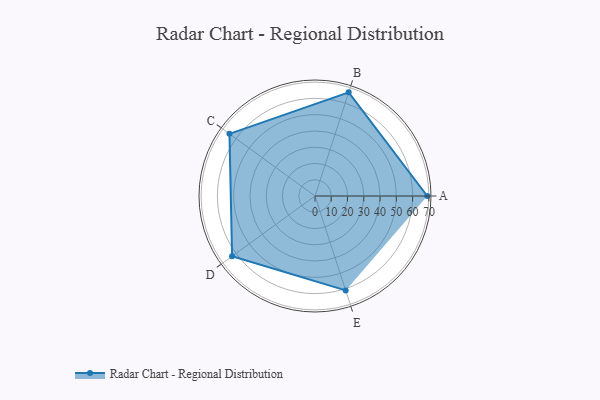
{"axis": {"x": "Skill", "y": "Score"}, "legend": ["Profile"], "data": [{"x": "A", "y": 69.0, "type": "Profile"}, {"x": "B", "y": 67.0, "type": "Profile"}, {"x": "C", "y": 65.0, "type": "Profile"}, {"x": "D", "y": 63.0, "type": "Profile"}, {"x": "E", "y": 61.0, "type": "Profile"}]}